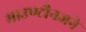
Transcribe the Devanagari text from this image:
माउण्टौनजने